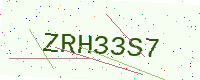
Text: ZRH33S7